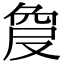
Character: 𠭠